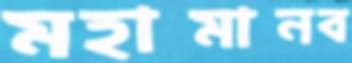
মহামানব